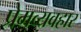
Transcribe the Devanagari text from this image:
प्रेमव्यवहार